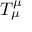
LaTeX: T _ { \mu } ^ { \mu }